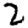
Digit: 2